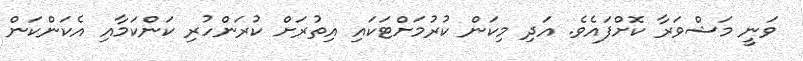
ވަނީ މަޝްވަރާ ކޮށްފައެވެ. އަދި މިކަން ކުރުމަށްޓަކައި އިތުރަށް ކުރަންހުރި ކަންކަމާއި އެކަންކަން